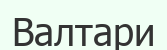
Валтари